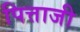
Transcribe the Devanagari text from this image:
पित्ताजी